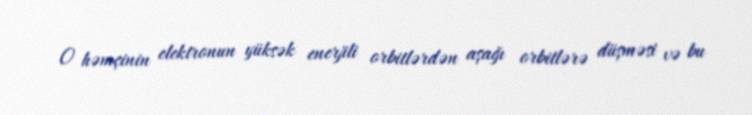
O həmçinin elektronun yüksək enerjili orbitlərdən aşağı orbitlərə düşməsi və bu